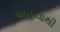
અહયાથી